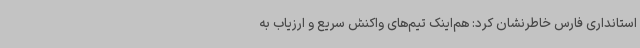
استانداری فارس خاطرنشان کرد: هم‌اینک تیم‌های واکنش سریع و ارزیاب به